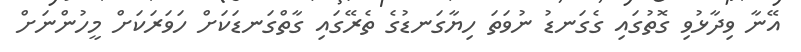
އޭނާ ވިދާޅުވި ގޮތުގައި ގެގަނޑު ނުވަތަ ހިޔާގަނޑުގެ ތެރޭގައި ގާތްގަނޑަކަށް ހަވަރަކަށް މީހުންނަށް